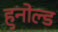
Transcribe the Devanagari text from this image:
हुनोल्ड